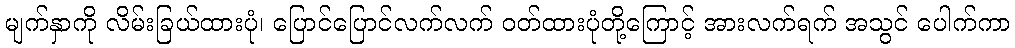
မျက်နှာကို လိမ်းခြယ်ထားပုံ၊ ပြောင်ပြောင်လက်လက် ဝတ်ထားပုံတို့ကြောင့် အားလက်ရက် အသွင် ပေါက်ကာ